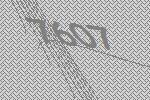
7607